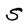
Character: S